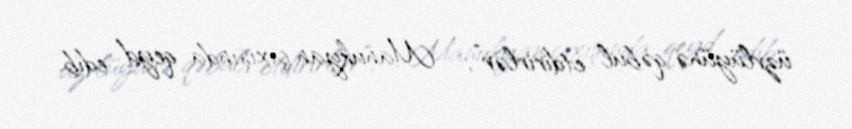
üzvlüyünə qəbul etdirirlər”, - Manukyan çıxışında qeyd edib.